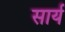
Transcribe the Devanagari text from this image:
सार्य